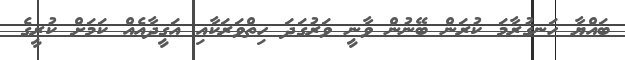
ބައްޔާ ހަނގުރާމަ ކުރަން ބޭނުން ވާނީ ވަރުގަދަ ހިތްވަރަކާއި އަގީދާއެއް ކަމަށް ކުރީގެ